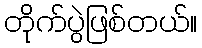
တိုက်ပွဲဖြစ်တယ်။